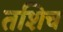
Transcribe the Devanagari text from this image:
तशिच